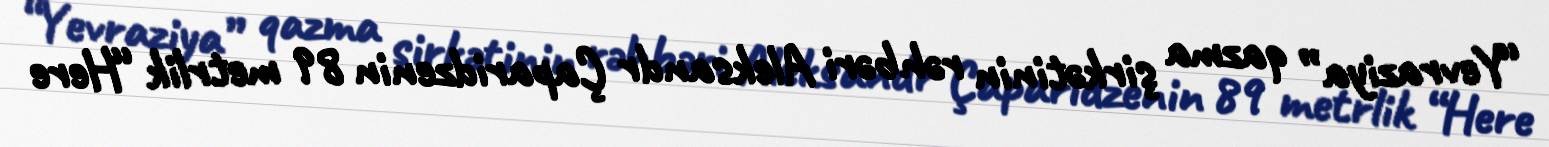
“Yevraziya” qazma şirkətinin rəhbəri Aleksandr Çaparidzenin 89 metrlik “Here